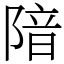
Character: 隌